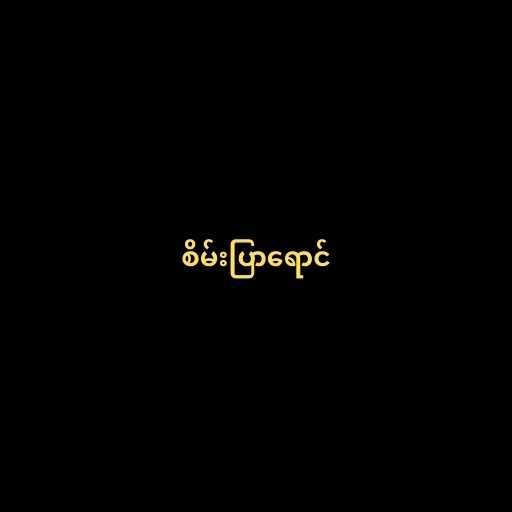
စိမ်းပြာရောင်